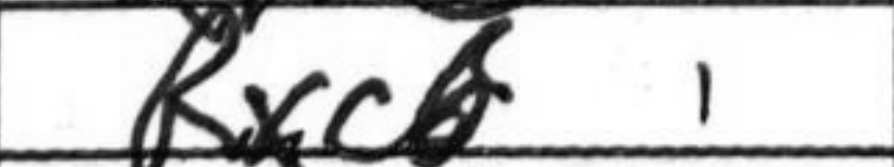
Transcription: Rxc6